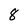
Character: 8